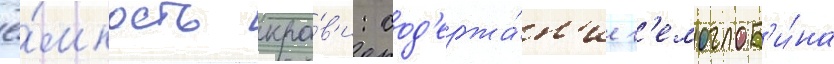
ё́мкость кро́в'и: сод'ержа́н'ие г'емоглоб'и́на